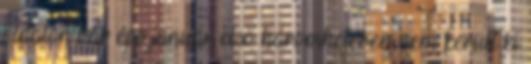
oldalon bár épp január első háromhetében nem került ki